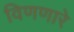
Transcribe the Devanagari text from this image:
विणणारे